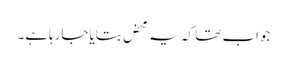
جواب تھا کہ یہ محض بتایاجارہاہے۔